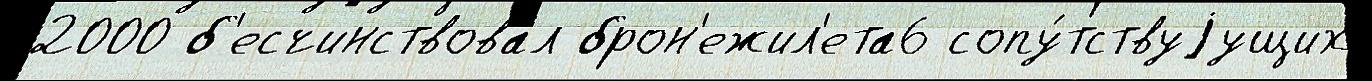
2000 б'есчинствовал брон'ежил'ета6 сопу́тствуjущих